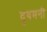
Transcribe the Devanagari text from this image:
दुषमनी